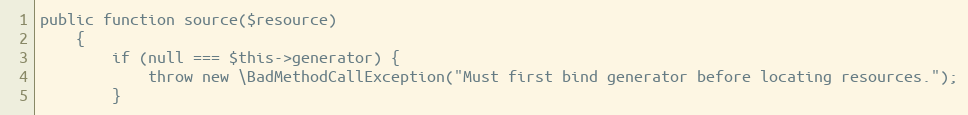
Language: PHP
public function source($resource)
    {
        if (null === $this->generator) {
            throw new \BadMethodCallException("Must first bind generator before locating resources.");
        }